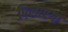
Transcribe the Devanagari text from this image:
पिलाएगा